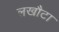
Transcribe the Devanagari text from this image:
लखौटा